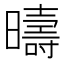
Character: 𣋬